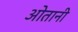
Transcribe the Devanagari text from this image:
ओतानी